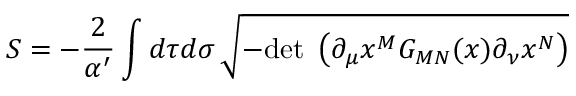
S = - \frac { 2 } { \alpha ^ { \prime } } \int d \tau d \sigma \, \sqrt { - \mathrm { d e t ~ } \left( \partial _ { \mu } x ^ { M } G _ { M N } ( x ) \partial _ { \nu } x ^ { N } \right) }